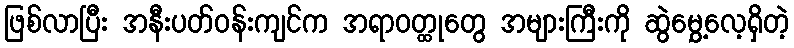
ဖြစ်လာပြီး အနီးပတ်ဝန်းကျင်က အရာဝတ္ထုတွေ အများကြီးကို ဆွဲမွှေ့လေ့ရှိတဲ့